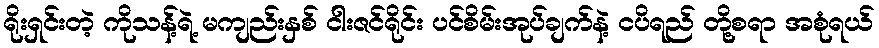
ရိုးရှင်းတဲ့ ကိုသန့်ရဲ့ မကျည်းနှစ် ငါးဇင်ရိုင်း ပင်စိမ်းအုပ်ချက်နဲ့ ငပိရည် တို့စရာ အစုံရယ်